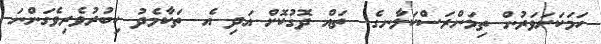
ހަމަކަށަވަރުން ތިމަންރަސްކަލާނގެ  ތައް ދޮގުކޮށް އަދި އެ  ތަކާމެދު ކިބުރުވެރިވެގަންނަ